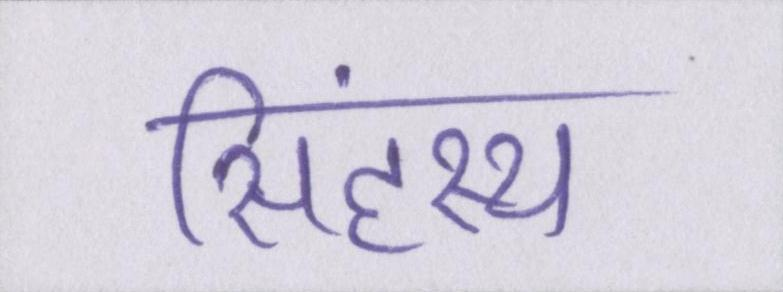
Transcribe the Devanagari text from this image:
सिंहस्थ